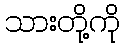
သားတို့ကို